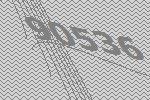
90536